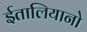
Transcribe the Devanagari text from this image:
ईतालियानो